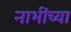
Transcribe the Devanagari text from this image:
नाभींच्या